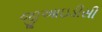
જીઆઇડીસી